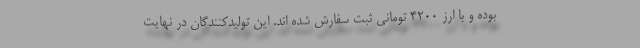
بوده و با ارز ۴۲۰۰ تومانی ثبت سفارش شده اند. این تولیدکنندگان در نهایت